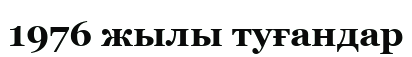
1976 жылы туғандар